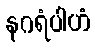
နဂရံပါဟံ